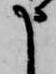
申